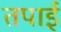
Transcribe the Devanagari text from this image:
तपाई